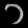
Digit: ၁